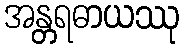
အန္တရဓာယဿု